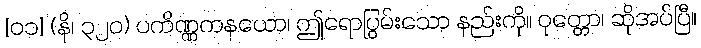
[၀၁] (နိ၊ ၃၂၀) ပကိဏ္ဏကနယော၊ ဤရောပြွမ်းသော နည်းကို။ ဝုတ္တော၊ ဆိုအပ်ပြီ။